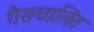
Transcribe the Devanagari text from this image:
गैसचालित